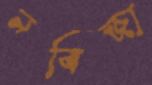
নবিজা